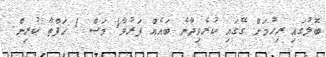
ބޮލުގައި ރިހުމަށް ގޭގައި ކުރެވިދާނެ ބައެއް ފަރުވާ1 މަސް 1 ހަފްތާ ކުރިން.